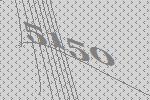
5150